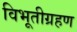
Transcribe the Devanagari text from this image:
विभूतीग्रहण